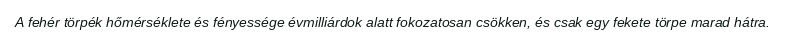
A fehér törpék hőmérséklete és fényessége évmilliárdok alatt fokozatosan csökken, és csak egy fekete törpe marad hátra.